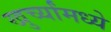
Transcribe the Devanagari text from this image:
खुर्च्यांमध्ये